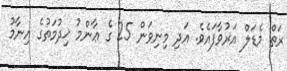
ރަތް މެޑަލް އަރުވާފައެވެ. އަދި މިނިވަން 25 ގެ ޢާންމު ޚިދުމަތުގެ އިނާމު